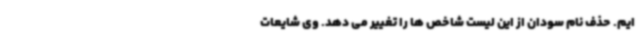
ایم. حذف نام سودان از این لیست شاخص ها را تغییر می دهد. وی شایعات